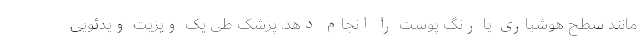
مانند سطح هوشیاری یا رنگ پوست را انجام دهد. پزشک طی یک ویزیت ویدئویی